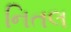
નિતલ